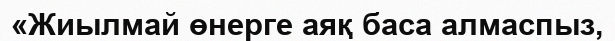
«Жиылмай өнерге аяқ баса алмаспыз,